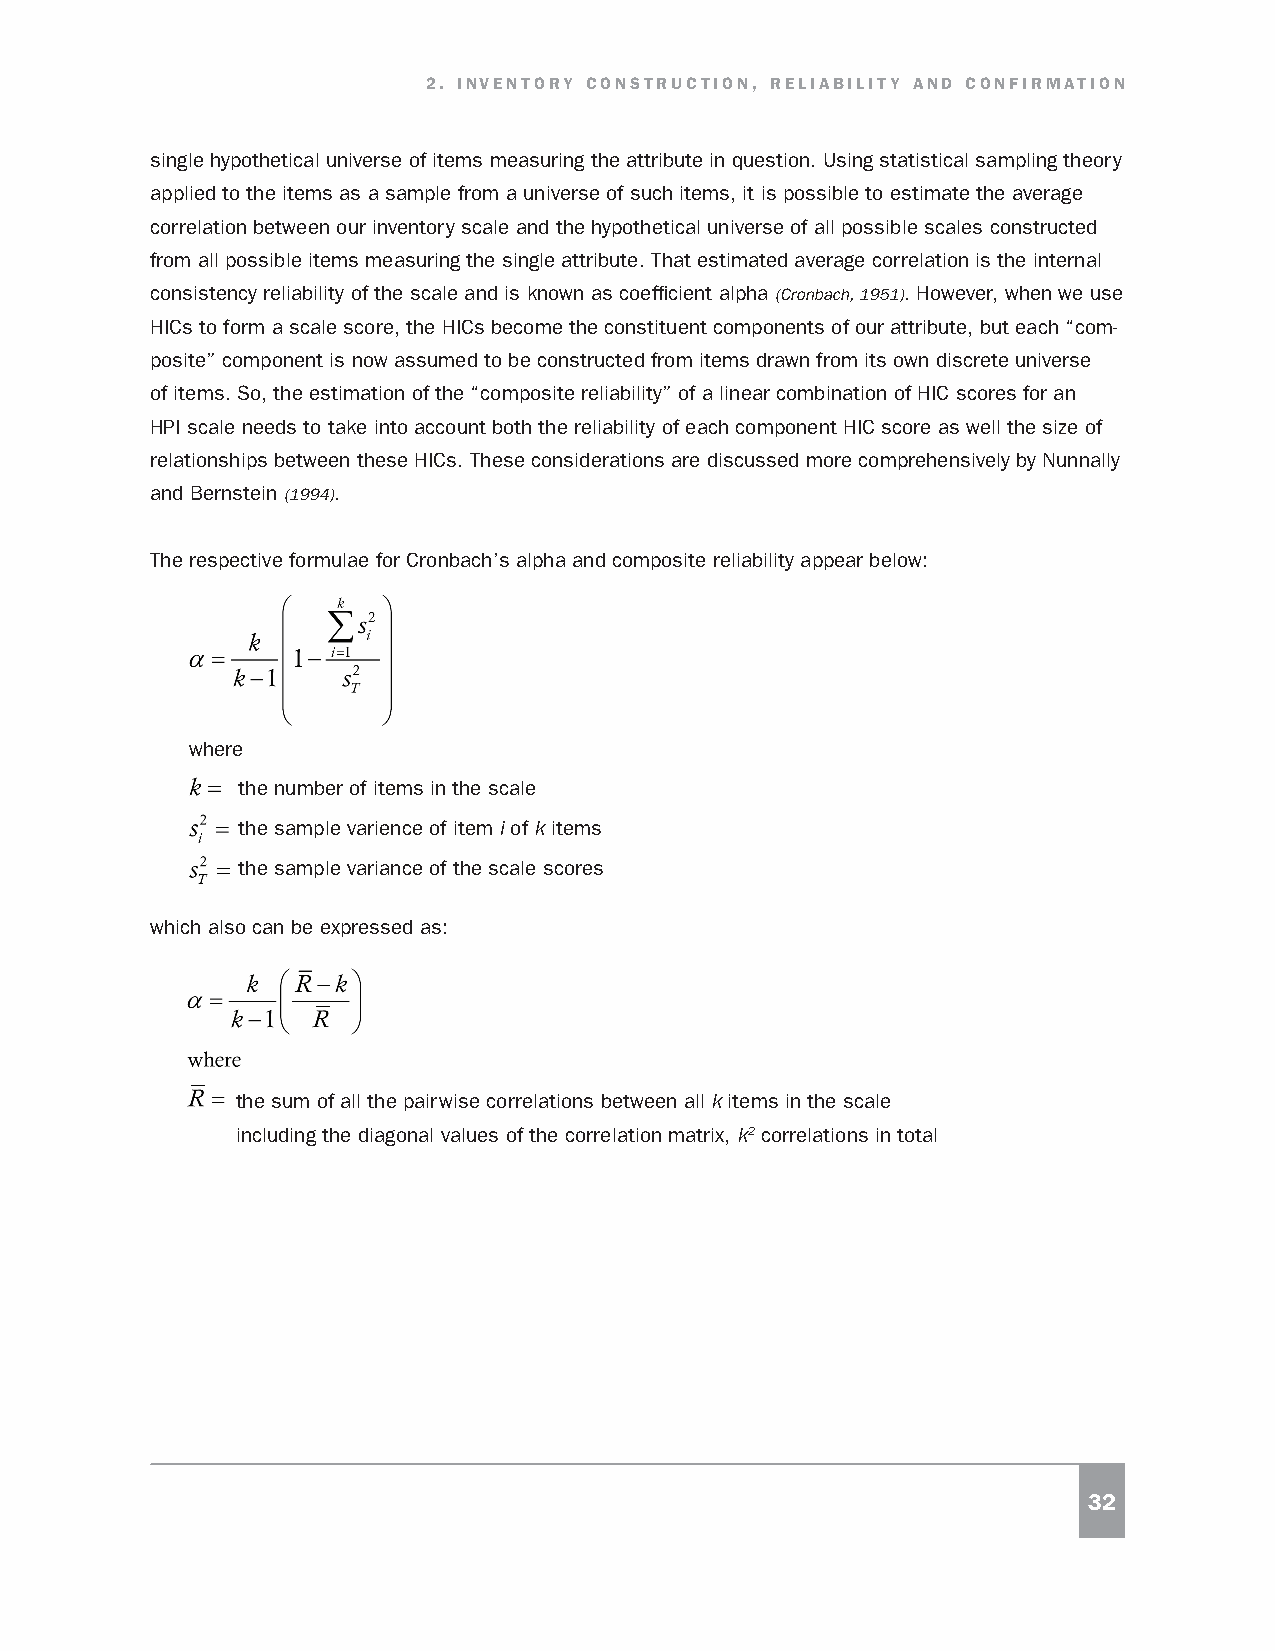
2. INVENTORY CONSTRUCTION, RELIABILITY AND CONFIRMATION
 single hypothetical universe of items measuring the attribute in question. Using statistical sampling theory
 applied to the items as a sample from a universe of such items, it is possible to estimate the average
 correlation between our inventory scale and the hypothetical universe of all possible scales constructed
 from all possible items measuring the single attribute. That estimated average correlation is the internal
 consistency reliability of the scale and is known as coefficient alpha (Cronbach, 1951). However, when we use
 HICs to form a scale score, the HICs become the constituent components of our attribute, but each “com-
 posite” component is now assumed to be constructed from items drawn from its own discrete universe
 of items. So, the estimation of the “composite reliability” of a linear combination of HIC scores for an
 HPI scale needs to take into account both the reliability of each component HIC score as well the size of
 relationships between these HICs. These considerations are discussed more comprehensively by Nunnally
 and Bernstein (1994).
 The respective formulae for Cronbach’s alpha and composite reliability appear below:
 where
 the number of items in the scale
 the sample varience of item i of k items
 the sample variance of the scale scores
 which also can be expressed as:
 the sum of all the pairwise correlations between all k items in the scale
 including the diagonal values of the correlation matrix, k2 correlations in total
 32